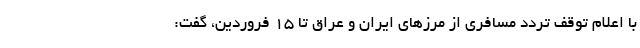
با اعلام توقف تردد مسافری از مرزهای ایران و عراق تا ۱۵ فروردین، گفت: